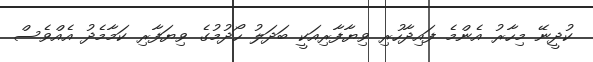
ކުދީނޭ މިހާރު އެންމެ ފައިދާހުރި ވިޔާފާރިއަކީ ބަދަލު ހޯދުމުގެ ވިޔަފާރި ކަމާމެދު އެއްވެސް